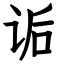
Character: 诟